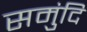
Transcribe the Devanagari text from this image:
समुंदि